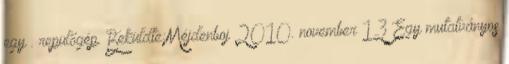
egy . repülőgép. Beküldte:Méjdenboj 2010. november 13 Egy mutatványos